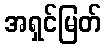
အရှင်မြတ်